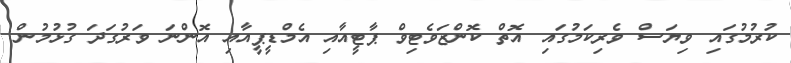
ކުރުމުގައި ވިޔަސް ވެރިކަމުގައި އޮތް ކޮންޒަވެޓިވް ޕާޓީއާއި އެމްޑީޕީއާއި އޮންނަ ވަރުގަދަ ގުޅުމުން